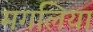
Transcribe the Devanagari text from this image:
मगलिया